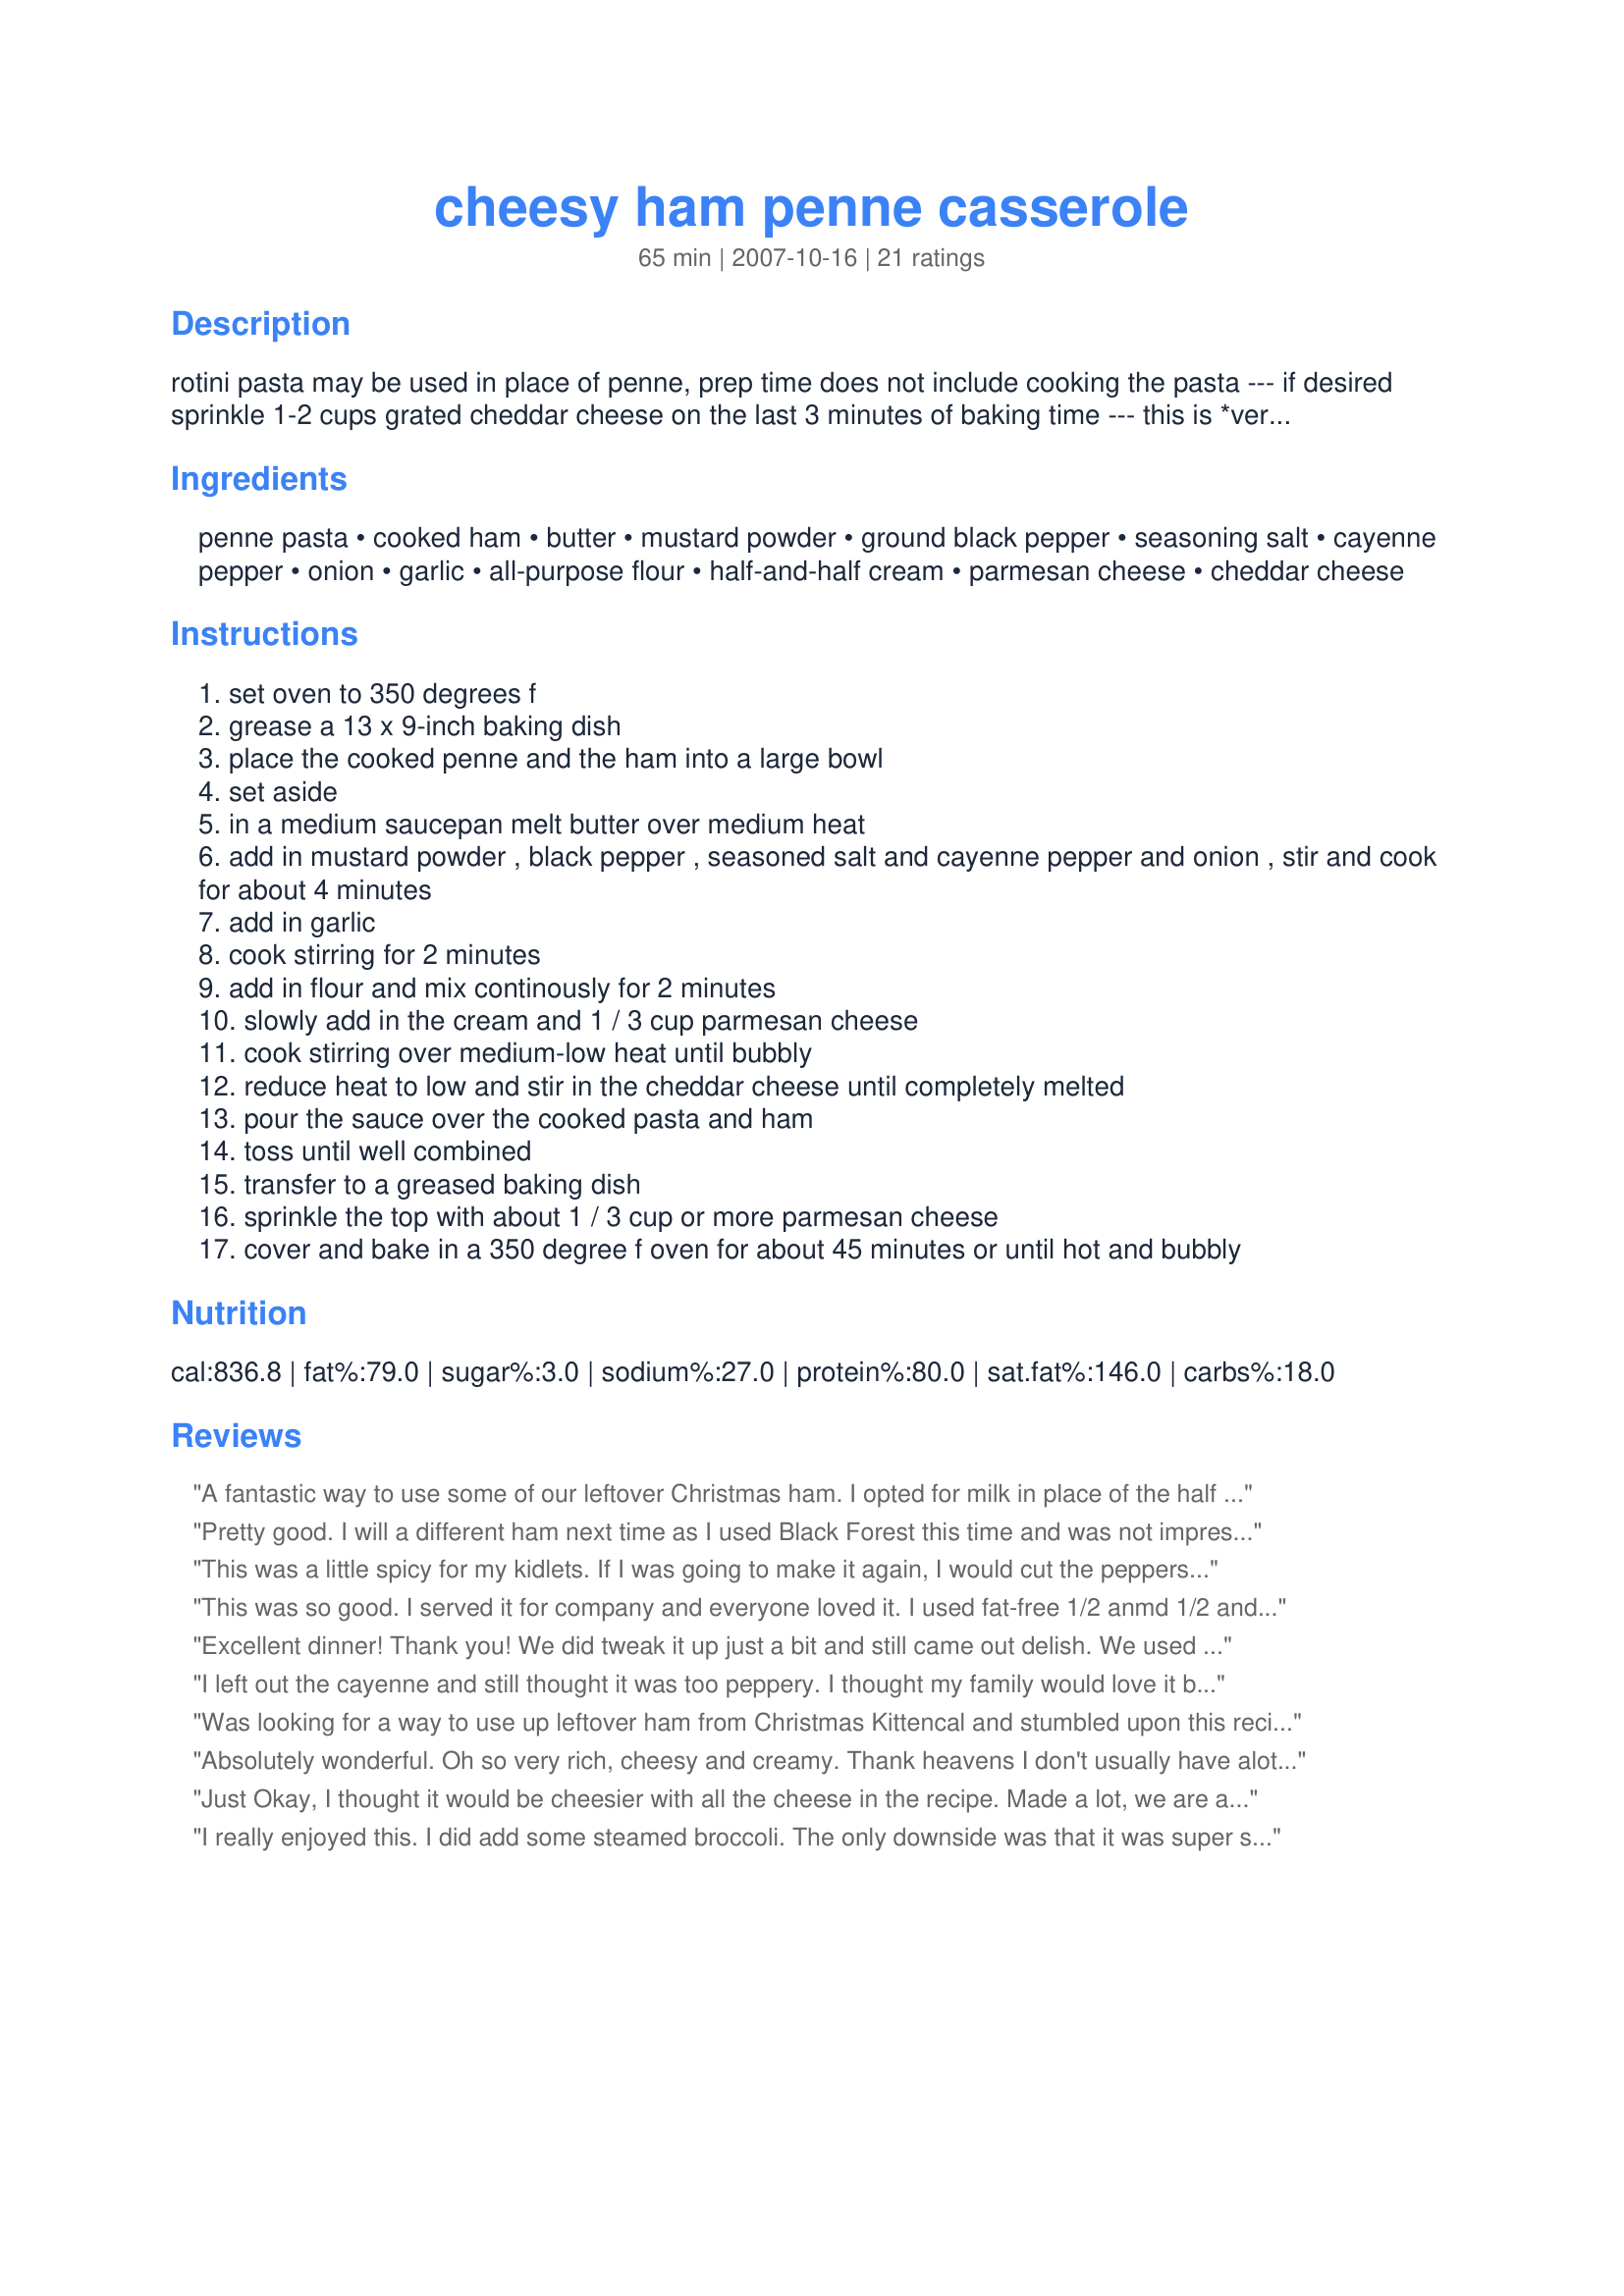
cheesy ham penne casserole
Preparation time: 65 minutes

rotini pasta may be used in place of penne, prep time does not include cooking the pasta --- if desired sprinkle 1-2 cups grated cheddar cheese on the last 3 minutes of baking time --- this is *very* good!

Ingredients:
penne pasta, cooked ham, butter, mustard powder, ground black pepper, seasoning salt, cayenne pepper, onion, garlic, all-purpose flour, half-and-half cream, parmesan cheese, cheddar cheese

Steps:
set oven to 350 degrees f
grease a 13 x 9-inch baking dish
place the cooked penne and the ham into a large bowl
set aside
in a medium saucepan melt butter over medium heat
add in mustard powder , black pepper , seasoned salt and cayenne pepper and onion , stir and cook for about 4 minutes
add in garlic
cook stirring for 2 minutes
add in flour and mix continously for 2 minutes
slowly add in the cream and 1 / 3 cup parmesan cheese
cook stirring over medium-low heat until bubbly
reduce heat to low and stir in the cheddar cheese until completely melted
pour the sauce over the cooked pasta and ham
toss until well combined
transfer to a greased baking dish
sprinkle the top with about 1 / 3 cup or more parmesan cheese
cover and bake in a 350 degree f oven for about 45 minutes or until hot and bubbly

Reviews:
A fantastic way to use some of our leftover Christmas ham. I opted for milk in place of the half n half and still got a very rich creamy dish. This got the thumbs up with my family.
Pretty good. I will a different ham next time as I used Black Forest this time and was not impressed. I thought the sauce was thicker then necessary but I might just cut back on the amount of pasta used next time. DH liked it a lot so that's a plus 'cause he's not a big mac/cheese fan. Will make this one again for sure.
This was a little spicy for my kidlets. If I was going to make it again, I would cut the peppers in half and add peas as per photo (I forgot!) However, after baking it the sauce broke down a bit and was acutally a little pasty for some reason. I am not sure why that happened but it tasted better and would have been fine to eat with out the baking time. The sauce was really thick and good.
This was so good. I served it for company and everyone loved it. I used fat-free 1/2 anmd 1/2 and 2 % cheddar and it was rich and creamy and wonderful.
Excellent dinner! Thank you! We did tweak it up just a bit and still came out delish. We used bacon instead of ham since my husband is not much of a ham person. We also used the Mexican Cheese instead of cheddar. Will be making it again soon according to the kids!
I left out the cayenne and still thought it was too peppery. I thought my family would love it because we are cheese addicts, but no one really liked it. Just OK for us. Turned out greasy and the pepper was too much for our toddler. People who like spicy foods probably would like this more than we did.
Was looking for a way to use up leftover ham from Christmas Kittencal and stumbled upon this recipe. It was wonderful ! We loved it !! I did use the half cream and half milk and added a little extra parmesan cheese to the top. Like a fantastic mac and cheese with a ham suprise ! Love your recipes girl !
Absolutely wonderful. Oh so very rich, cheesy and creamy. Thank heavens I don't usually have alot of ham leftover, because my cholesterol level would be out of the ballpark! This tastes so much more complicated than it is. It is definitely kicked up mac-n-cheese. The garlicy cheesy sauce sets this heads above all others. A definite repeat in our house.
Just Okay, I thought it would be cheesier with all the cheese in the recipe. Made a lot, we are a family of 3 and nobody had seconds. Hope it freezes okay!
I really enjoyed this. I did add some steamed broccoli. The only downside was that it was super spicy. I usually like my food extra spicy but apparently it was too much for me. Next time I'll definitely lower the amount of both cayenne and black pepper. And there will be a next time! :)
delicious my family loved it. had no cream on hand used milk instead, very creamy . its a keeper
YUM! I decided not to bake this, both because I prefer stove top mac and cheese and because I was running short on time, and it turned out delicious. The flavor is very nice and more complex that the usual mac and cheese, especially with a nice aged cheddar. I also took a cue from CulinaryExplorer's pic and added some peas, which turned out to be an excellent addition. Thank you for posting!
OH WOW!!!!! This was so good, my husband and kids fell in love with it, and it made enough for 3 meals, Thank You so much, this is a new favorite!!!!
I tried this since it sounded kid-friendly, and it was! My kids snarfed it up and had seconds and thirds. I tweaked it a little since I am going wheat-free. You wouldn't have known it. I substituted brown rice penne and gluten free flour mix. Make sure to cook the pasta al-dente to keep it from getting mushy while baking. I used Hodgson Mill Multi Purpose GF Baking Mix in place of the flour. Also stirred in frozen peas & carrots at the same time as the ham.<br/><br/>I substituted 2 Tbsp dried chopped onion for the fresh since kids don't notice the onion pieces that way...just added them with the dried seasonings. Left out the cayenne. Also threw in a dash of ground celery seed, dried parsley, paprika, and garlic & onion powder. Delish!
I didn't realize we were out of penne so used bowtie pasta. Really yummy!
I halved the recipe and it turned out great. I really liked the flavor of the cheese sauce - it was different than my usual mac & cheese. I think it was the seasoning salt and garlic that made it so tasty. It was a nice change. I'll be making it again.
It was okay - but the kids didn't like it. I didn't care for the garlic in it and I think if I make it again I will not use as much cheese and leave the garlic out.
OOPS! Forgot the stars! this dish deserves Easy to make if you buy pre-cut ham and pre-shredded cheese.
We thought this was pretty good, though it wasn't quite 5 stars for us. I did half the recipe and used wheat penne, as well as fat free half and half. I also used the parmesan from the green container to use it up and I know it would be better with fresh. I used deli ham cut really thick and then cubed which was good for this. I did only end up cooking it 30 minutes before it started to really brown so I took it out so as not to burn the edges. I also added some steamed peas to my own plate and it was a nice addition. I just wish it was a bit lower calorie lol.
Fantastic!!! If you love mac-n-cheese, you have to try this! Into my "Tried and True" cookbook it goes. Thanks for sharing this wonderful recipe, Kit! :)
My whole family loved. I followed the recipe to a T and we gobbled it up. Barely had leftovers for lunch the next day. Awesome.
